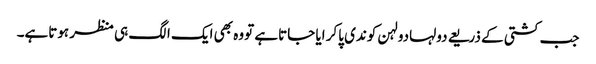
جب کشتی کے ذریعے دولہادولہن کوندی پاکر ایا جاتاہے تووہ بھی ایک الگ ہی منظر ہوتاہے۔